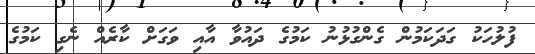
ފުލުހަކު ގަދަކަމުން ގެންގުޅުނު ކަމުގެ ދައުވާ އާއި ވަގަށް ކާރެއް ނެގި ކަމުގެ